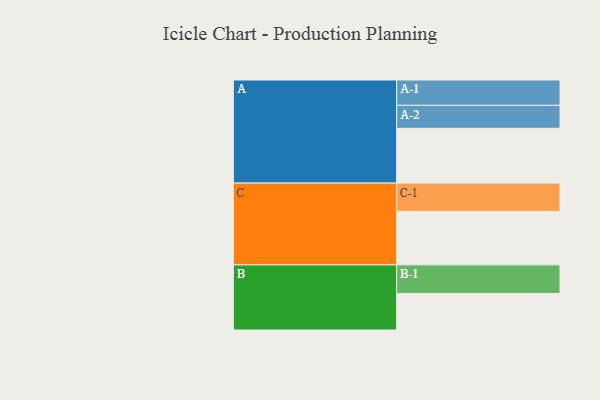
{"axis": {"x": "Segment", "y": "Value"}, "legend": ["", "A", "B", "C"], "data": [{"x": "A", "y": 485, "type": ""}, {"x": "B", "y": 323, "type": ""}, {"x": "C", "y": 473, "type": ""}, {"x": "A-1", "y": 224, "type": "A"}, {"x": "A-2", "y": 203, "type": "A"}, {"x": "B-1", "y": 253, "type": "B"}, {"x": "C-1", "y": 250, "type": "C"}]}